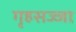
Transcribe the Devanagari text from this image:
गृहसज्जा